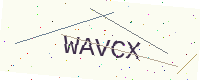
Text: WAVCX